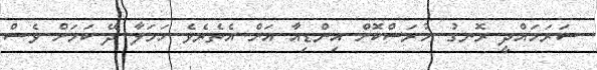
ސަރަހައްދީ ރޮނގު ހުރަސްކޮށް އިންޑިއާ އަށް އެތެރެވެ ހަމަލާ ދޭ ކަމަށް ވެސް